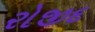
રોજીદ